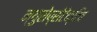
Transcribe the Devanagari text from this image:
न्युरोप्रोटेक्टिव